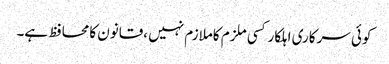
کوئی سرکاری اہلکارکسی ملزم کاملازم نہیں ،قانون کامحافظ ہے۔